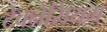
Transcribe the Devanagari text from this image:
टेक्नेसियम